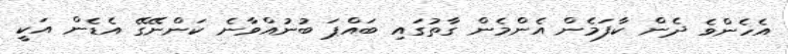
އެހެންވެ ދެން ކާފަމެން އެންމެން ގާތުގައި ބައްޕަ ބުނުއްވާނެ ކަންނޭގޭ އެޑެން އަކީ